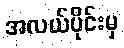
အလယ်ပိုင်းမှ